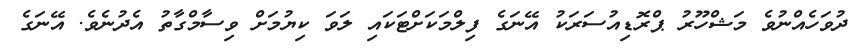
ދުވަހެއްނުވެ މަޝްހޫރު ޕްރޮޑިއުސަރަކު އޭނަގެ ފިލްމަކަށްޓަކައި ލަވަ ކިޔުމަށް ވިސާމްގާތު އެދުނެވެ. އޭނަގެ